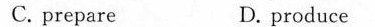
C.prepare D. produce